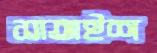
সাতাইশ